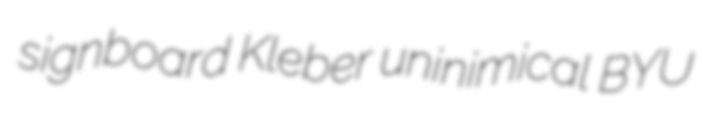
signboard Kleber uninimical BYU